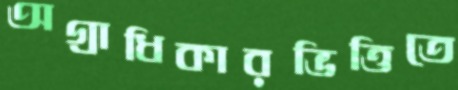
অগ্রাধিকারভিত্তিতে